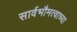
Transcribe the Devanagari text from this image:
सार्वभौमत्वाच्या